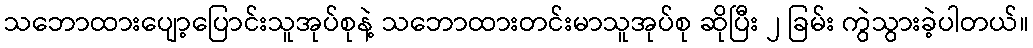
သဘောထားပျော့ပြောင်းသူအုပ်စုနဲ့ သဘောထားတင်းမာသူအုပ်စု ဆိုပြီး ၂ ခြမ်း ကွဲသွားခဲ့ပါတယ်။